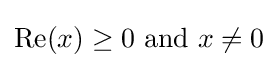
\operatorname {Re} (x)\geq 0{\text{ and }}x\neq 0